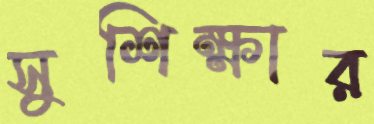
সুশিক্ষার